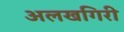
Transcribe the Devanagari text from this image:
अलखगिरी